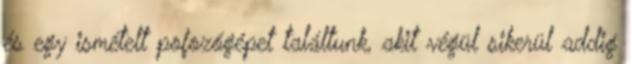
és egy ismételt pofozógépet találtunk, akit végül sikerül addig